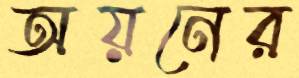
অয়নের